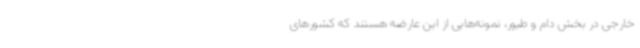
خارجی در بخش دام و طیور، نمونه‌هایی از این عارضه هستند که کشورهای